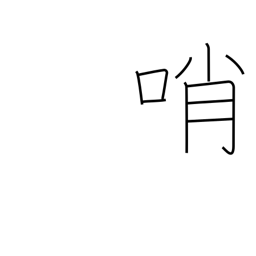
Meaning: sentinel